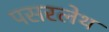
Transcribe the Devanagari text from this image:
पसरलेथ